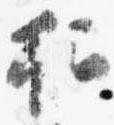
招